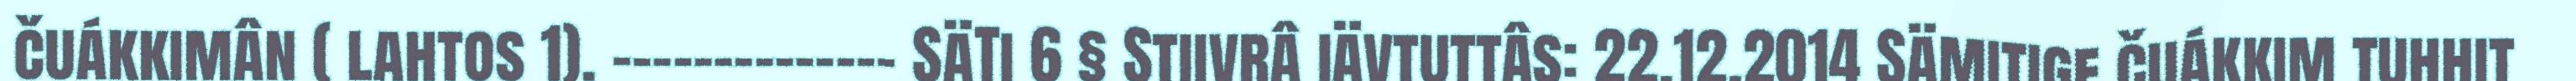
čuákkimân ( lahtos 1). -------------- SäTi 6 § Stiivrâ iävtuttâs: 22.12.2014 Sämitige čuákkim tuhhit